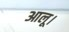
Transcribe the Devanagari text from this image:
आलू।